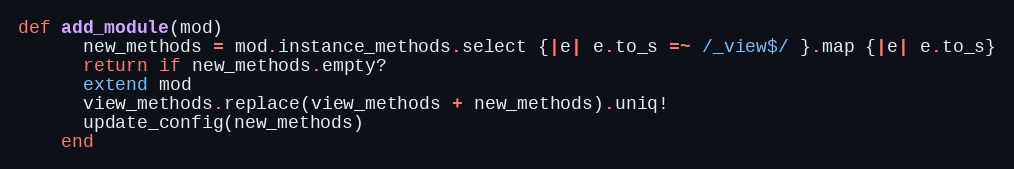
Language: Ruby
def add_module(mod)
      new_methods = mod.instance_methods.select {|e| e.to_s =~ /_view$/ }.map {|e| e.to_s}
      return if new_methods.empty?
      extend mod
      view_methods.replace(view_methods + new_methods).uniq!
      update_config(new_methods)
    end